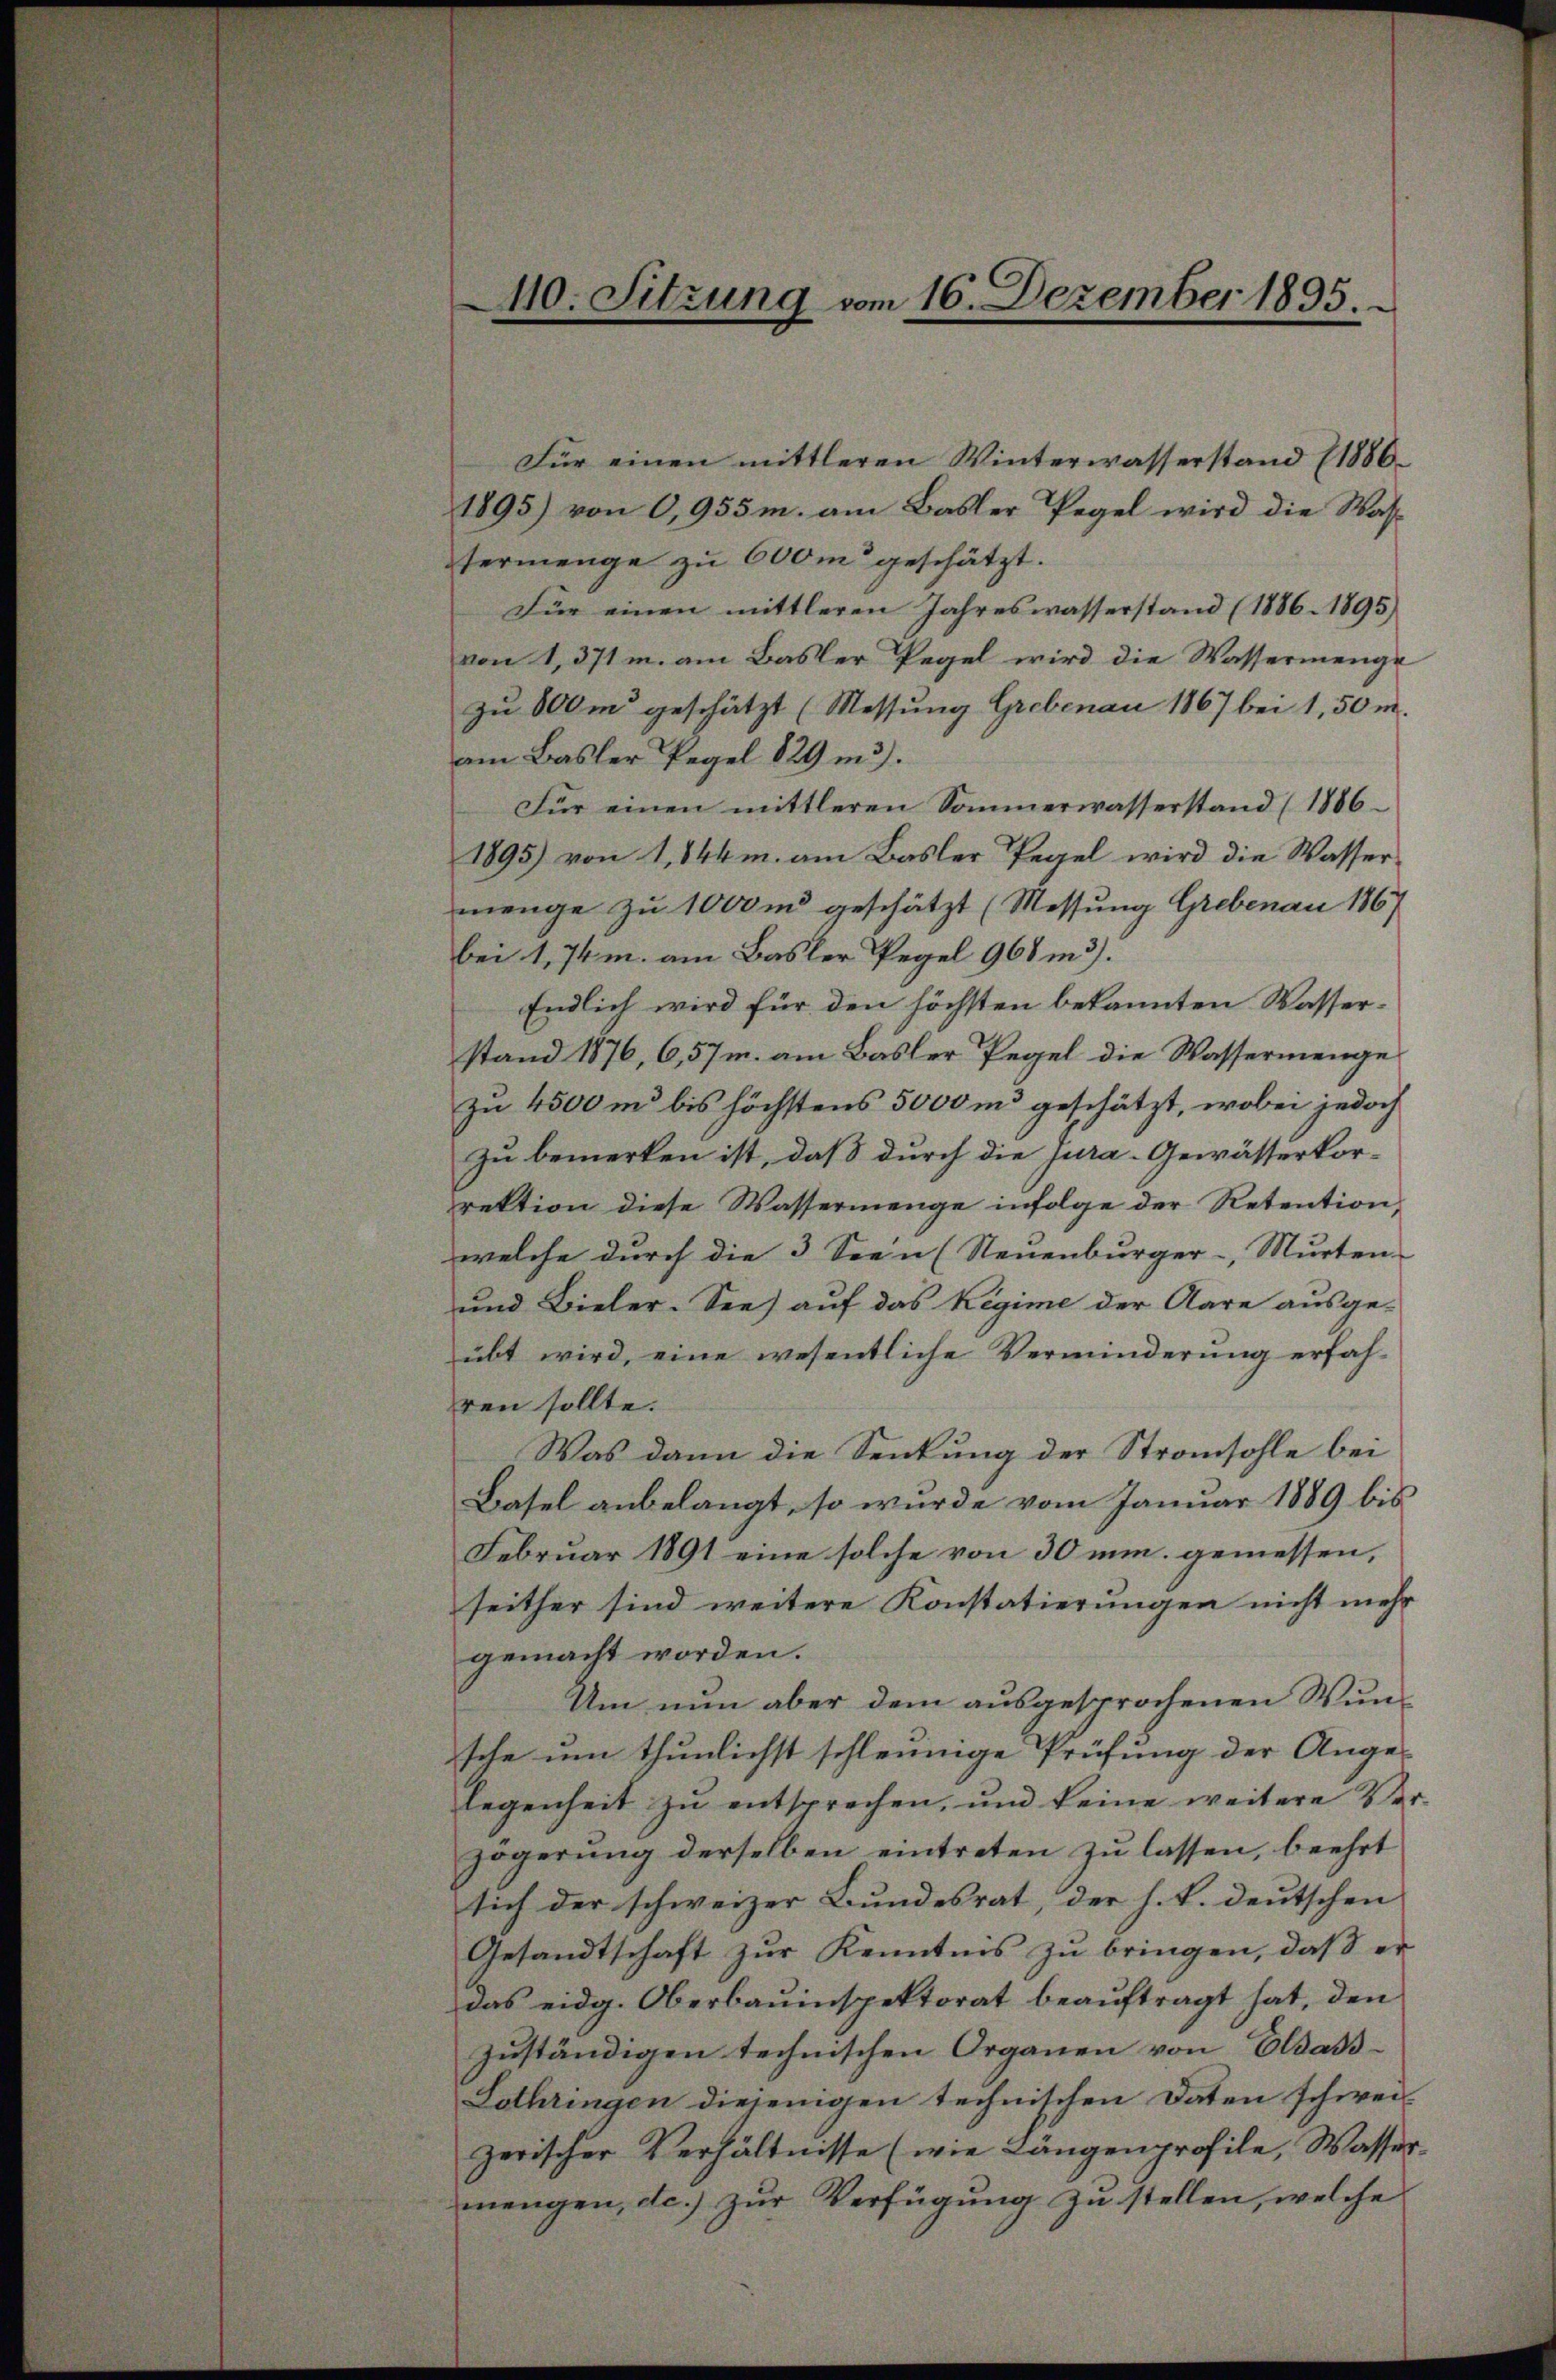
40. Sitzung vom 16. Dezember 1895.

termenge zu 600m geschätzt.
Für einen mittleren Jahreswasserstand (1886. 1895)
von 1, 371 m. am Basler Pegel wird die Wassermenge
zu 800m geschätzt (Messung Grebenau 1867 bei 1,50 m.
am Basler Regel 829 in 3.
Für einen mittleren Sommerwasserstand (1886
1895) von 1844 m. am Basler Regel wird die Wassermenge zu 1000 m geschätzt (Messung Grebenau 1867
bei 1,74m. am Basler Pegel 968 n 3.
Endlich wird für den höchsten bekannten Wasserstand 1876, 6,57m. am Basler Pegel die Wassermenge
zu 4500 m bis höchstens 5000 m geschätzt, wobei jedoch
zu bemerken ist, daß durch die jura-Gewässerkorrektion diese Wassermenge infolge der Retention
welche durch die 3 Seen (Neuenburger-, Murten
und Bieler. See auf das Regime der Aare ausge-
übt wird, eine wesentliche Verminderung erfah-
ren sollte.
Was dann die Senkung der Stransohle bei
Basel anbelangt, so wurde vom Januar 1889 bis
Februar 1891 eine solche von 30 min gemessen,
seither sind weitere Konstatierungen nicht mehr
gemacht worden.
Um nun aber dem ausgesprochenen Wunsche um thunlichst schleunige Prüfung der Ange-
legenheit zŭ entsprechen, und keine weitere Ver-
zögerung derselben eintreten zu lassen, beehrt
sich der schweizer Bundesrat, der h. R. deutschen
Gesandtschaft zur Kenntnis zu bringen, daß er
das eidg. Oberbauinspektorat beaŭftragt hat, den
zŭständigen technischen Organen von Elsass-
Lothringen diejenigen technischen Daten schwei-
zerischer Verhältnisse (wie Längenprofile, Wassermengen, de.) zur Verfügung zu stellen, welche

Für einen mittleren Winterwasserstand (1886
1895) von 0,955m. am Basler Pegel wird die Was¬